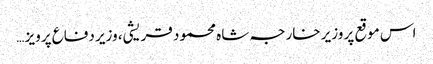
اس موقع پر وزیر خارجہ شاہ محمود قریشی، وزیر دفاع پرویز …